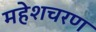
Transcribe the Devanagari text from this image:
महेशचरण